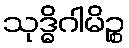
သုဒ္ဓိဂါမိဉ္စ